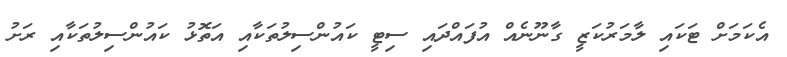
އެކަމަށް ޓަކައި ލާމަރުކަޒީ ގާނޫނެއް އުފައްދައި ސިޓީ ކައުންސިލުތަކާއި އަތޮޅު ކައުންސިލުތަކާއި ރަށު